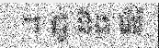
។ ជូ និង រ៉េរ៉េ